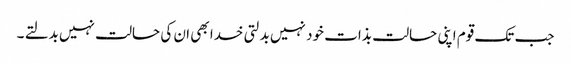
جب تک قوم اپنی حالت بذات خود نہیں بدلتی خدا بھی ان کی حالت نہیں بدلتے ۔